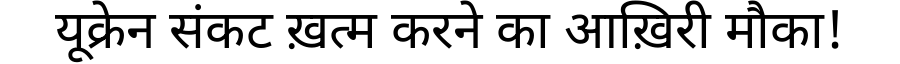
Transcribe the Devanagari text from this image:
यूक्रेन संकट ख़त्म करने का आख़िरी मौका!